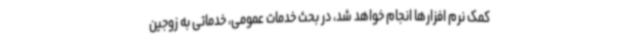
کمک نرم افزارها انجام خواهد شد، در بحث خدمات عمومی، خدماتی به زوجین